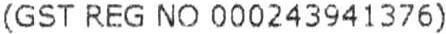
(GST REG NO 000243941376)